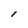
Character: I